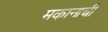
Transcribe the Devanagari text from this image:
मकानाची